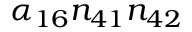
\alpha _ { 1 6 } n _ { 4 1 } n _ { 4 2 }